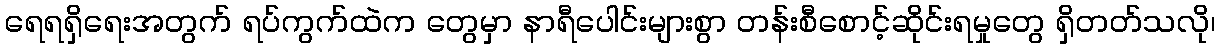
ရေရရှိရေးအတွက် ရပ်ကွက်ထဲက တွေမှာ နာရီပေါင်းများစွာ တန်းစီစောင့်ဆိုင်းရမှုတွေ ရှိတတ်သလို၊